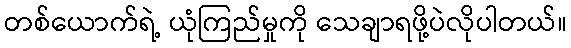
တစ်ယောက်ရဲ့ ယုံကြည်မှုကို သေချာရဖို့ပဲလိုပါတယ်။